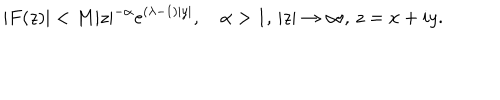
LaTeX: \vert F ( z ) \vert < M \vert z \vert ^ { - \alpha } e ^ { ( \lambda - 1 ) \vert y \vert } , \quad \alpha > 1 , \, \vert z \vert \to \infty , \, z = x + i y .